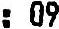
: 09